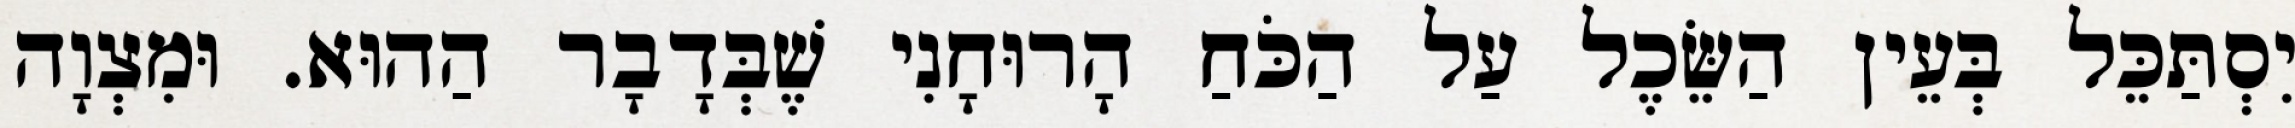
יִסְתַּכֵּל בְּעֵין הַשֵּׂכֶל עַל הַכֹּחַ הָרוּחָנִי שֶׁבְּדָבָר הַהוּא. וּמִצְוָה